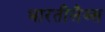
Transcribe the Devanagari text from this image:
भारतीलैब्स